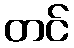
တင်